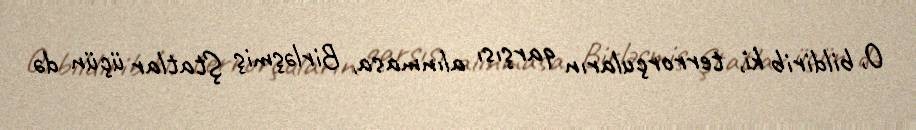
O, bildirib ki, terrorçuların qarşısı alınmasa, Birləşmiş Ştatlar üçün də